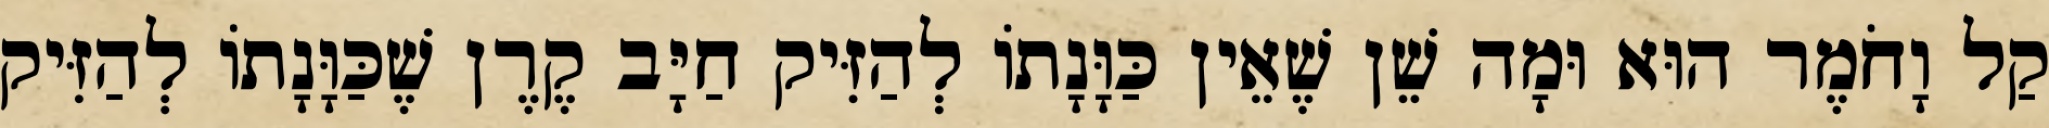
קַל וָחֹמֶר הוּא וּמָה שֵׁן שֶׁאֵין כַּוָּנָתוֹ לְהַזִּיק חַיָּב קֶרֶן שֶׁכַּוָּנָתוֹ לְהַזִּיק